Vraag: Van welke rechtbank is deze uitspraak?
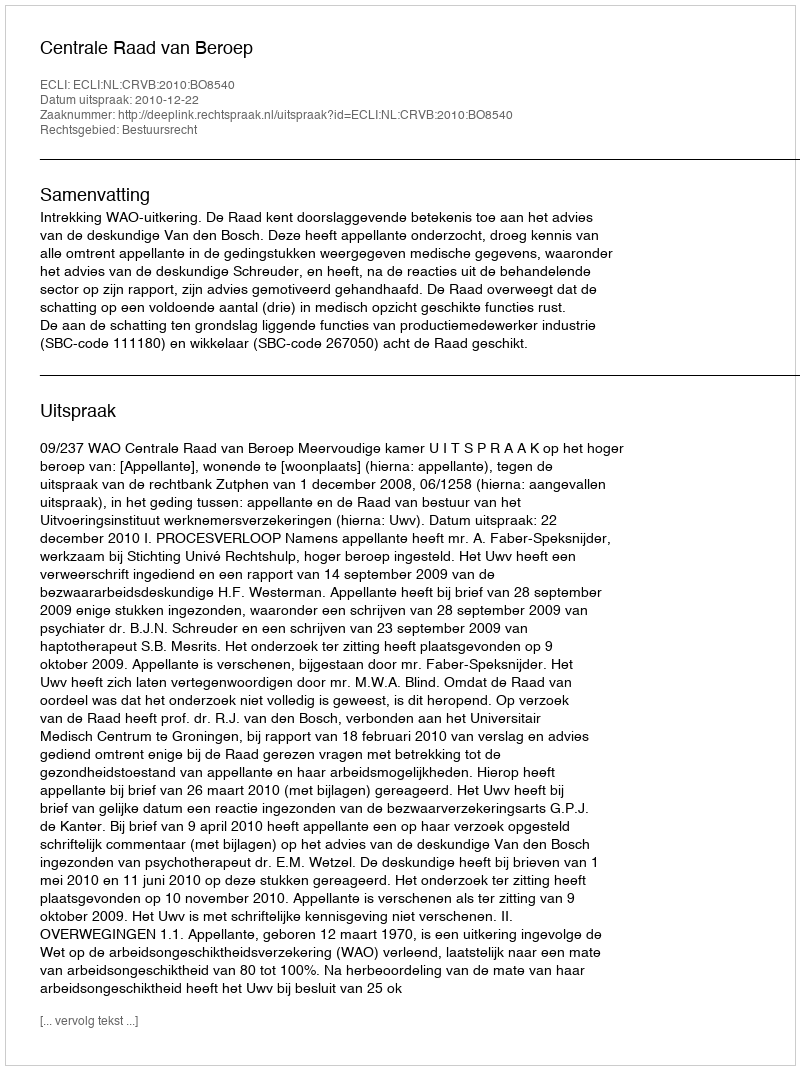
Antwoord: Centrale Raad van Beroep